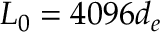
L _ { 0 } = 4 0 9 6 d _ { e }